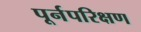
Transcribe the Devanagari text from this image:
पूर्नपरिक्षण